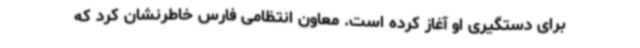
برای دستگیری او آغاز کرده است. معاون انتظامی فارس خاطرنشان کرد که